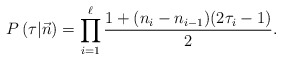
\begin{align*} P\left(\tau\vert\vec n\right) = \prod_{i=1}^\ell \frac{1 + (n_i-n_{i-1}) (2 \tau_i-1) }{2}.\end{align*}